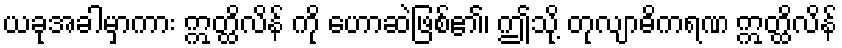
ယခုအခါမှာကား ဣတ္ထိလိန် ကို ဟောဆဲဖြစ်၏၊ ဤသို့ တုလျာဓိကရဏ ဣတ္ထိလိန်